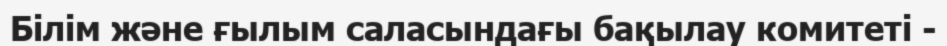
Білім және ғылым саласындағы бақылау комитеті -